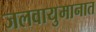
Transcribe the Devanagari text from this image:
जलवायुमानात